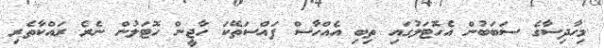
މިހާދިސާގެ ސަބަބުން އެހޮޓަލުގައި ތިބި އެއްހާސް ފައްސަތޭކަ ހާޖީން ހޮޓަލުން ނެރެ ރައްކާތެރި